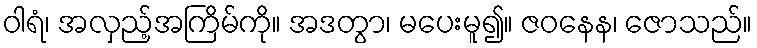
ဝါရံ၊ အလှည့်အကြိမ်ကို။ အဒတွာ၊ မပေးမူ၍။ ဇဝနေန၊ ဇောသည်။